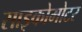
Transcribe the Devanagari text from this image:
साइकोमोटर